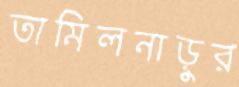
তামিলনাড়ুর